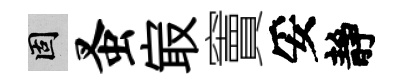
固蚤㝡竇妥靜